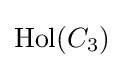
\operatorname {Hol} (C_{3})